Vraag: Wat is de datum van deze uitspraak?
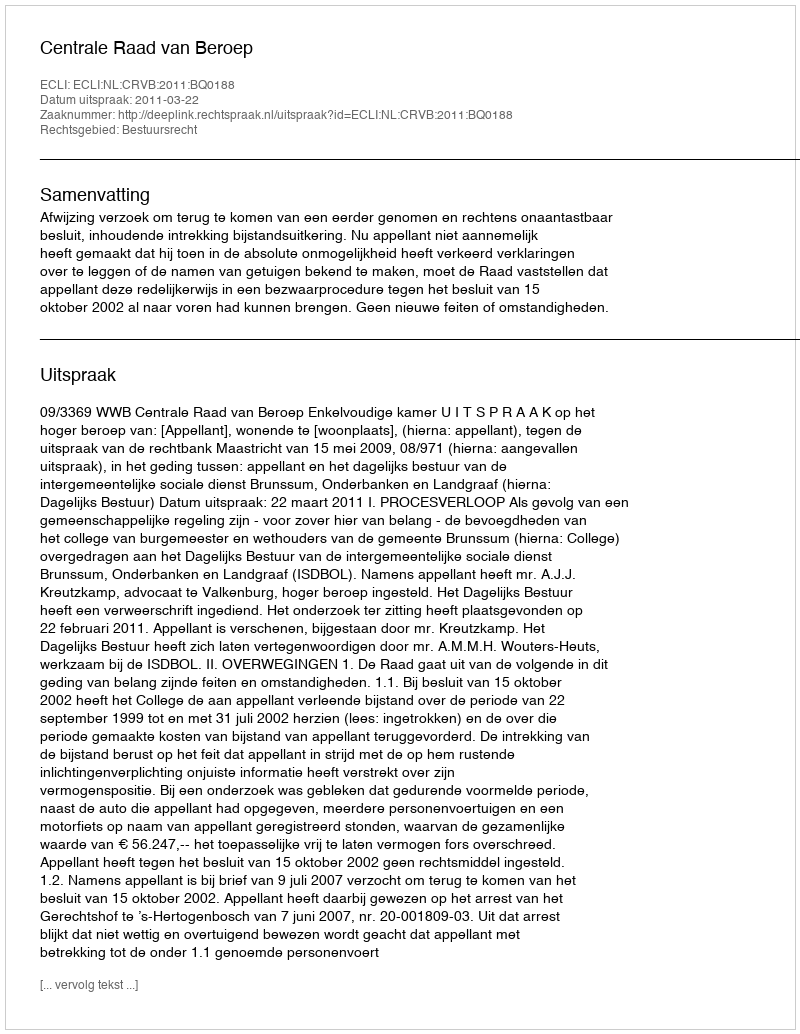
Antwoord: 2011-03-22